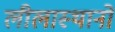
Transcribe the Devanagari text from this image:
लीलास्थानों